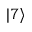
| 7 \rangle